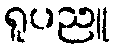
ရူပညူ